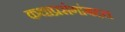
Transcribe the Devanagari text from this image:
कथाप्रसंगांबद्दल